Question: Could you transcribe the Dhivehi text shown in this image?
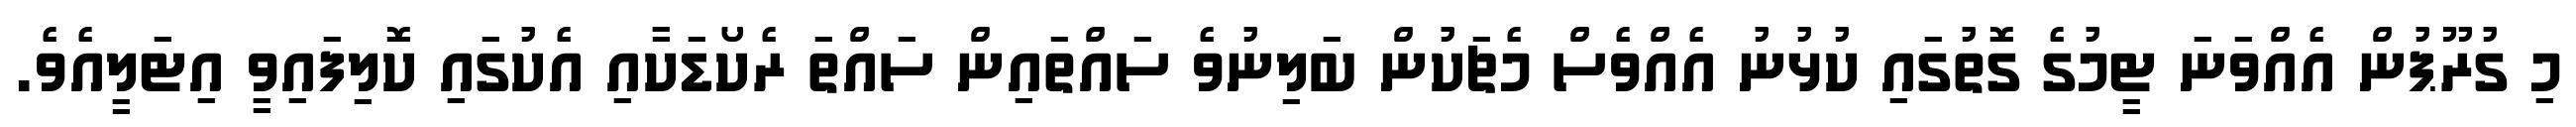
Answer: މި ގުރޫޕުން އެއްވަނަ ޓީމުގެ ގޮތުގައި ކުޅުނު އެއްވެސް މެޗަކުން ބަލިނުވެ ސައްތައިން ސައްތަ ރެކޯޑަކާއި އެކުގައި ކޮލިފައިވީ އިޓަލީއެވެ.